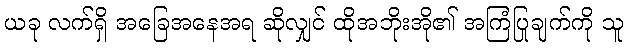
ယခု လက်ရှိ အခြေအနေအရ ဆိုလျှင် ထိုအဘိုးအို၏ အကြံပြုချက်ကို သူ